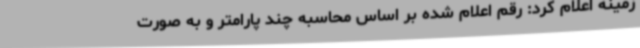
زمینه اعلام کرد: رقم اعلام شده بر اساس محاسبه چند پارامتر و به صورت